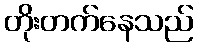
တိုးတက်နေသည်